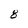
Character: 8